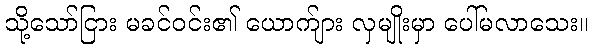
သို့သော်ငြား မခင်ဝင်း၏ ယောက်ျား လှမျိုးမှာ ပေါ်မလာသေး။